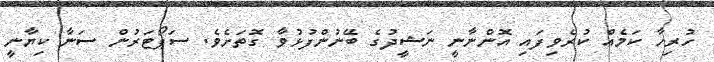
ހުރިހާ ކަމެއް ކުރެވިފައި އޮންނާނީ ނަޝީދުގެ ބޭނުންފުޅުވާ ގޮތަށެވެ. ސަޕޯޓަރުން ސަނާ ކިޔާނީ